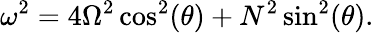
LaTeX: \omega^{2}=4\Omega^{2}\cos^{2}(\theta)+N^{2}\sin^{2}(\theta).